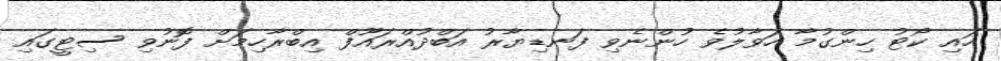
ހައި ކޯޓު ހިންގުމާ ހަވާލުވެ ހުންނެވި ފަނޑިޔާރު އަބްދުއްރައޫފް އިބްރާހިމަށް ފޮނުވި ސިޓީގައި